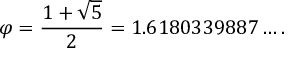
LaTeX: \varphi = { \frac { 1 + { \sqrt { 5 } } } { 2 } } = 1 . 6 1 8 0 3 3 9 8 8 7 \ldots .